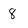
Character: 8